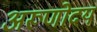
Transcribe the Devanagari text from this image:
अरूणोदय